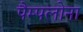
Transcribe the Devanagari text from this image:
पैम्पलोना